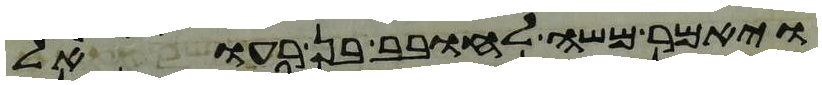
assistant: ויאמר משה לחובב בן רעואל